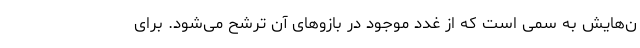
ن‌هایش به سمی است که از غدد موجود در بازوهای آن ترشح می‌شود. برای